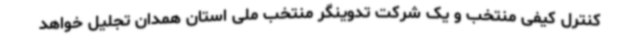
کنترل کیفی منتخب و یک شرکت تدوینگر منتخب ملی استان همدان تجلیل خواهد